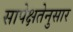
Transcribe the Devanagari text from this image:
सापेक्षतेनुसार